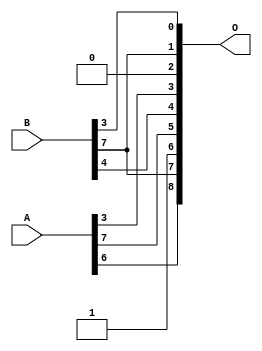
// This program was cloned from: https://github.com/ehw-fit/evoapproxlib
// License: MIT License

/***
* This code is a part of EvoApproxLib library (ehw.fit.vutbr.cz/approxlib) distributed under The MIT License.
* When used, please cite the following article(s): V. Mrazek, L. Sekanina, Z. Vasicek "Libraries of Approximate Circuits: Automated Design and Application in CNN Accelerators" IEEE Journal on Emerging and Selected Topics in Circuits and Systems, Vol 10, No 4, 2020 
* This file contains a circuit from a sub-set of pareto optimal circuits with respect to the pwr and mse parameters
***/
// MAE% = 19.67 %
// MAE = 101 
// WCE% = 50.39 %
// WCE = 258 
// WCRE% = 6300.00 %
// EP% = 99.77 %
// MRE% = 49.16 %
// MSE = 14074 
// PDK45_PWR = 0.000 mW
// PDK45_AREA = 0.0 um2
// PDK45_DELAY = 0.00 ns


module add8u_88L(A, B, O);
  input [7:0] A, B;
  output [8:0] O;
  assign O[2] = 1'b0;
  assign O[6] = 1'b1;
  assign O[7] = B[7];
  assign O[0] = B[3];
  assign O[1] = B[7];
  assign O[3] = A[3];
  assign O[4] = B[4];
  assign O[5] = A[7];
  assign O[8] = A[6];
endmodule